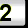
Digit: 2